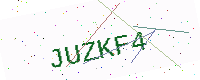
Text: JUZKF4